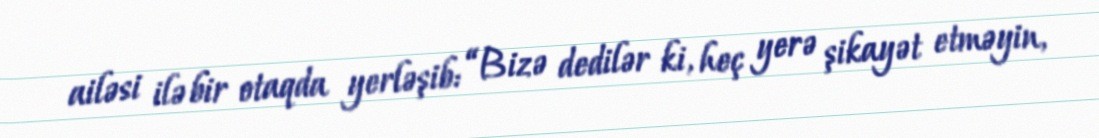
ailəsi ilə bir otaqda yerləşib: “Bizə dedilər ki, heç yerə şikayət etməyin,